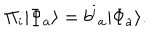
LaTeX: \Pi _ { i } | \Phi _ { a } \rangle = b ^ { i } { } _ { a } | \Phi _ { a } \rangle .